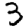
Digit: 3